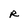
Character: R